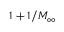
1 + 1 / M _ { \infty }